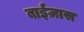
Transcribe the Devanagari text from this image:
बाईज़ास